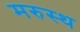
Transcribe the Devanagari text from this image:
मरुस्थ